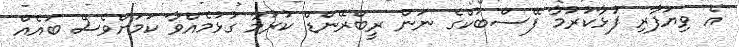
އެ ވިޔަފާރި ފުޅާކުރުމާ ފޭސްބުކްގެ ނަން ރީބްރޭންޑް ކުރުމާ ގުޅުމެއްވާ ކަމަށްވެސް ބައެއް